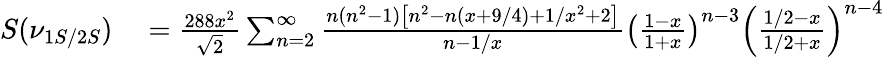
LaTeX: \begin{array}{rl}{S(\nu_{1S/2S})}&{{}=\frac{288x^{2}}{\sqrt{2}}\sum_{n=2}^{\infty}\frac{n(n^{2}-1)\left[n^{2}-n(x+9/4)+1/x^{2}+2\right]}{n-1/x}\left(\frac{1-x}{1+x}\right)^{n-3}\left(\frac{1/2-x}{1/2+x}\right)^{n-4}}\end{array}